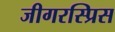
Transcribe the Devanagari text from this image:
जीगरस्प्रिस